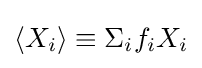
\langle X_{i}\rangle \equiv \Sigma _{i}f_{i}X_{i}